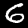
Label: 6